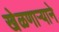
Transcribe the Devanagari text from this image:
खेळणार्‍याने